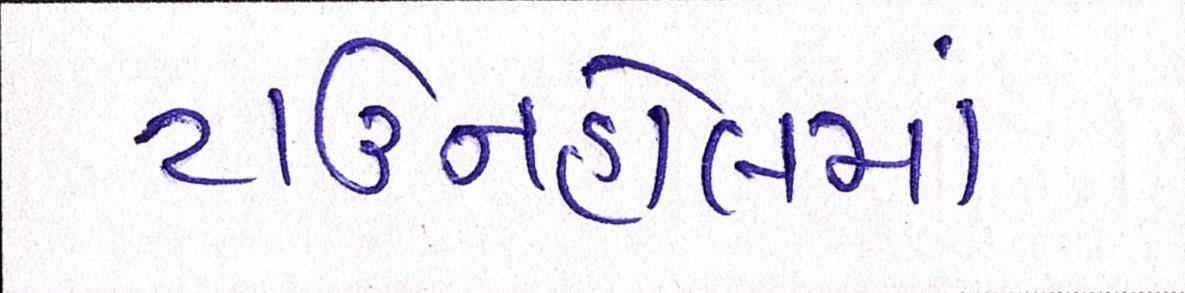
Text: ટાઉનહોલમાં